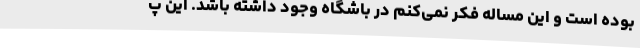
بوده است و این مساله فکر نمی‌کنم در باشگاه وجود داشته باشد. این پ